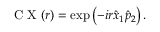
\mathrm { ~ C ~ X ~ } ( r ) = \exp \left( { - i r \hat { x } _ { 1 } \hat { p } _ { 2 } } \right) .